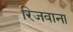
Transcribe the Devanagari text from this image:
रिजवाना